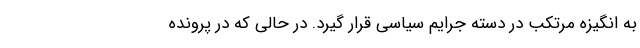
به انگیزه مرتکب در دسته جرایم سیاسی قرار گیرد. در حالی که در پرونده